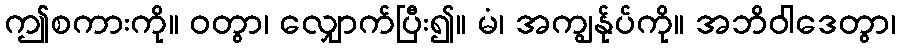
ဤစကားကို။ ဝတွာ၊ လျှောက်ပြီး၍။ မံ၊ အကျွန်ုပ်ကို။ အဘိဝါဒေတွာ၊